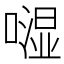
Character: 𠾾